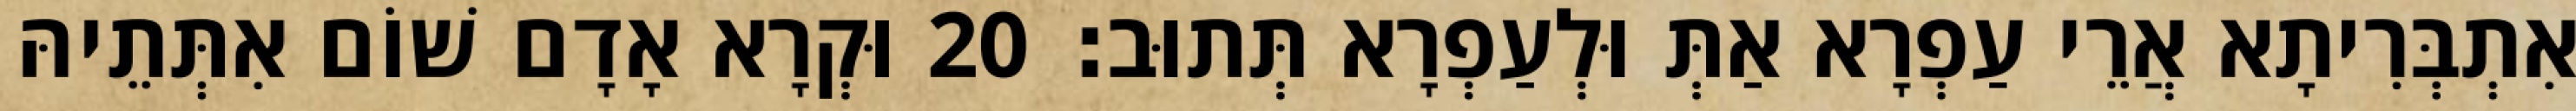
אִתְבְּרִיתָא אֲרֵי עַפְרָא אַתְּ וּלְעַפְרָא תְּתוּב׃ 20 וּקְרָא אָדָם שׁוֹם אִתְּתֵיהּ